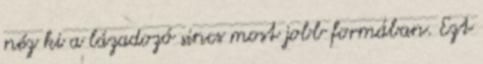
néz ki a lázadozó sincs most jobb formában. Ezt